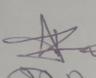
Signature authenticity: genuine